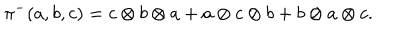
\pi ^ { - } ( a , b , c ) = c \otimes b \otimes a + a \otimes c \otimes b + b \otimes a \otimes c .